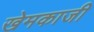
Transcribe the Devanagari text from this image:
खेमकाजी